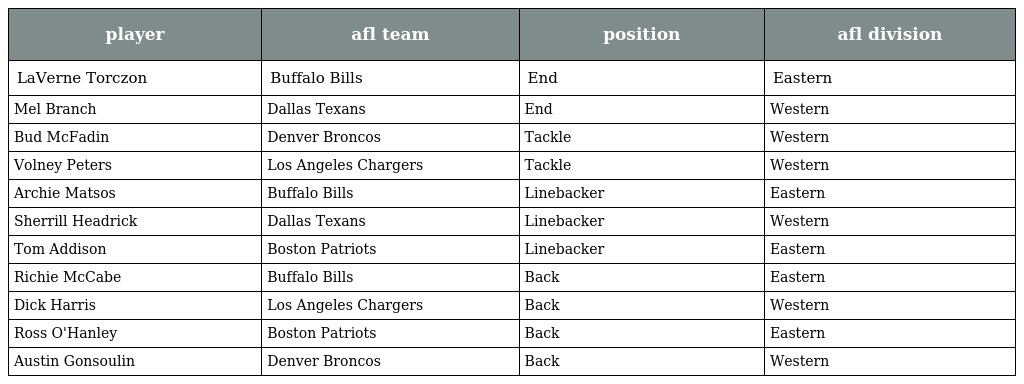
| player | afl team | position | afl division |
 | --- | --- | --- | --- |
 | LaVerne Torczon | Buffalo Bills | End | Eastern |
 | Mel Branch | Dallas Texans | End | Western |
 | Bud McFadin | Denver Broncos | Tackle | Western |
 | Volney Peters | Los Angeles Chargers | Tackle | Western |
 | Archie Matsos | Buffalo Bills | Linebacker | Eastern |
 | Sherrill Headrick | Dallas Texans | Linebacker | Western |
 | Tom Addison | Boston Patriots | Linebacker | Eastern |
 | Richie McCabe | Buffalo Bills | Back | Eastern |
 | Dick Harris | Los Angeles Chargers | Back | Western |
 | Ross O'Hanley | Boston Patriots | Back | Eastern |
 | Austin Gonsoulin | Denver Broncos | Back | Western |